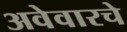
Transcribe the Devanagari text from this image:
अवेवारचे